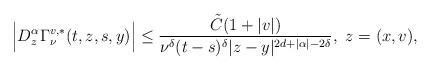
LaTeX: \begin{align*}{\Big |}D^{\alpha}_z\Gamma^{v,*}_{\nu}(t,z,s,y){\Big|}\leq \frac{\tilde{C}(1+|v|)}{\nu^{\delta}(t-s)^{\delta}|z-y|^{2d+|\alpha|-2\delta}},~z=(x,v),\end{align*}